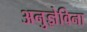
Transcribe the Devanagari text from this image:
अनुज्ञेविना